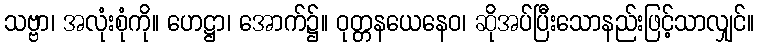
သဗ္ဗာ၊ အလုံးစုံကို။ ဟေဋ္ဌာ၊ အောက်၌။ ဝုတ္တနယေနေဝ၊ ဆိုအပ်ပြီးသောနည်းဖြင့်သာလျှင်။